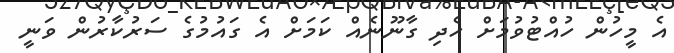
އެ މީހުން ހުއްޓުވުމަށް ހެދި ގާނޫނެއް ކަމަށް އެ ގައުމުގެ ސަރުކާރުން ވަނީ